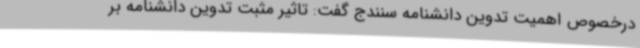
درخصوص اهمیت تدوین دانشنامه سنندج گفت: تاثیر مثبت تدوین دانشنامه بر